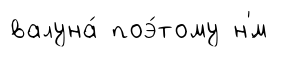
валуна́ поэ́тому н'́м